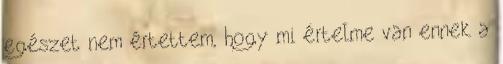
egészet nem értettem, hogy mi értelme van ennek a